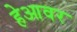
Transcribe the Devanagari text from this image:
हेआवर